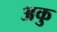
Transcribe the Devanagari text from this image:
अकु